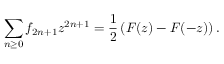
\sum _ { n \geq 0 } f _ { 2 n + 1 } z ^ { 2 n + 1 } = { \frac { 1 } { 2 } } \left( F ( z ) - F ( - z ) \right) .